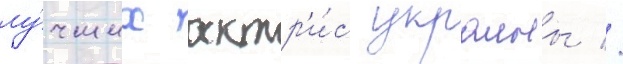
лу́чших актр'и́с украины //